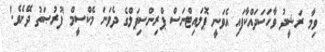
ވިމާ ރަޝީދު ވާހަކަދައްކާފައި އެވަނީ ޕޮލައިޓްނަސް ޕްރިންސިޕަލްގެ ދެވަނަ މެކްސީމް 'ފުރުޞަތު ދޭށެވެ.'